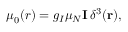
\boldsymbol \mu _ { 0 } ( r ) = g _ { I } \mu _ { N } \mathbf { I } \, \delta ^ { 3 } ( \mathbf { r } ) ,